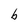
Character: b